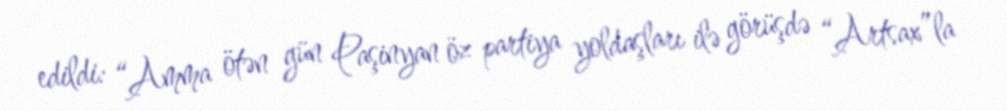
edildi: “Amma ötən gün Paşinyan öz partiya yoldaşları ilə görüşdə “Artsax”la